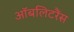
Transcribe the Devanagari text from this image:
ऑबलिटरैंस